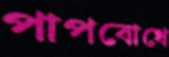
পাপবোধে